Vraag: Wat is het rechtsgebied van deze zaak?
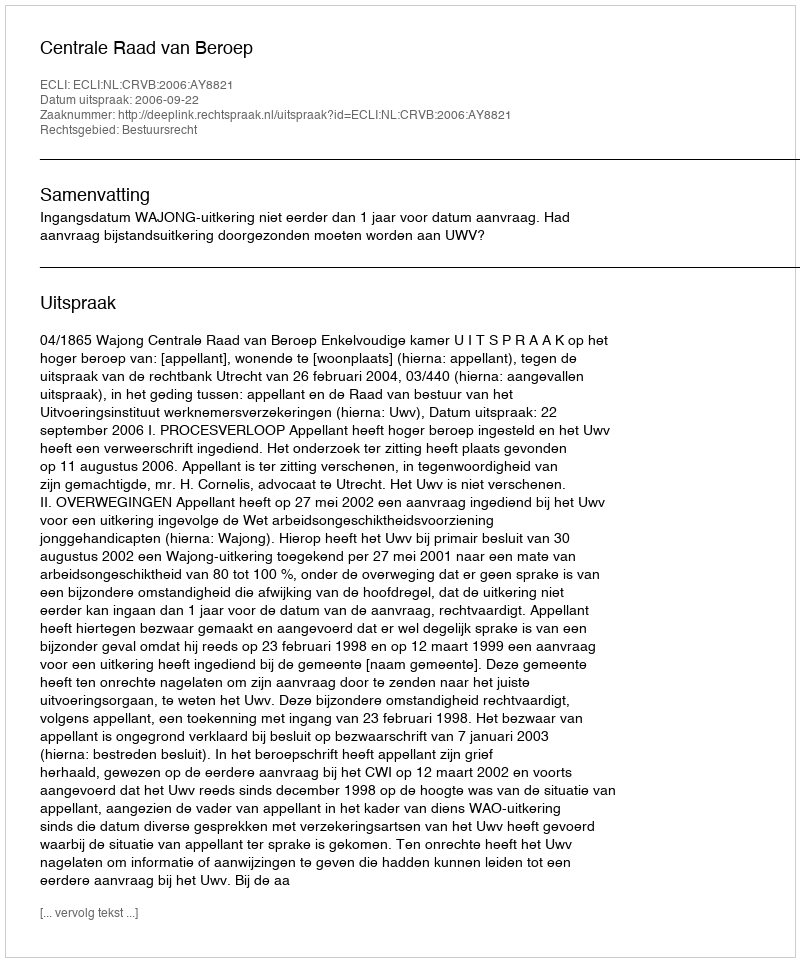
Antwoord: Bestuursrecht